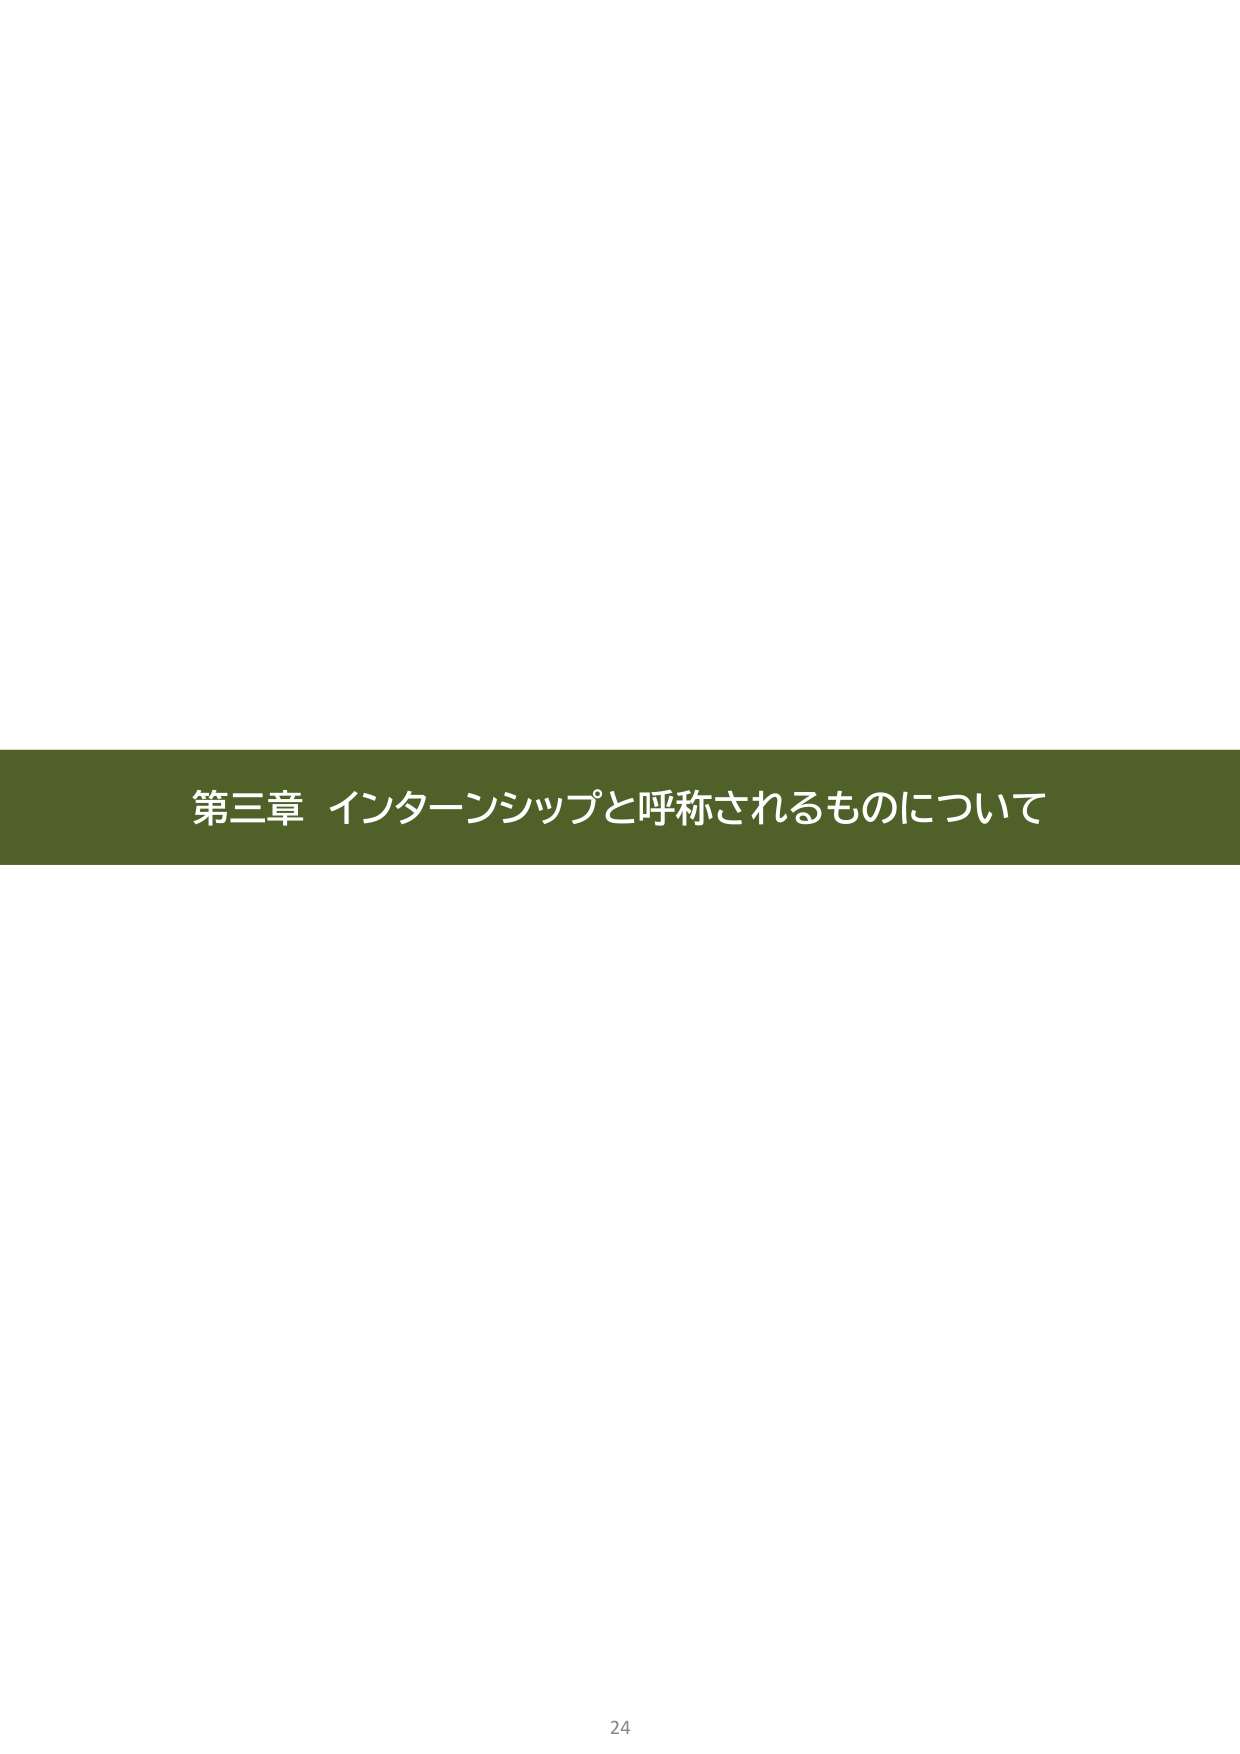
第三章 インターンシップと呼称されるものについて
24